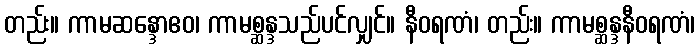
တည်း။ ကာမဆန္ဒောဧဝ၊ ကာမစ္ဆန္ဒသည်ပင်လျှင်။ နီဝရဏံ၊ တည်း။ ကာမစ္ဆန္ဒနီဝရဏံ၊